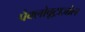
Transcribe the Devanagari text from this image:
पैक्लोबूट्राज़ोल